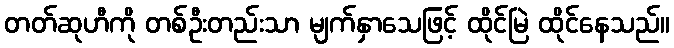
တတ်ဆုဟီကို တစ်ဦးတည်းသာ မျက်နှာသေဖြင့် ထိုင်မြဲ ထိုင်နေသည်။